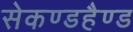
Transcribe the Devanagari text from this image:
सेकण्डहैण्ड